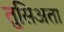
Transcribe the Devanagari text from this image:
तुसिअता